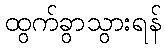
ထွက်ခွာသွားရန်